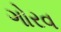
ગોરવ